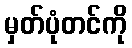
မှတ်ပုံတင်ကို